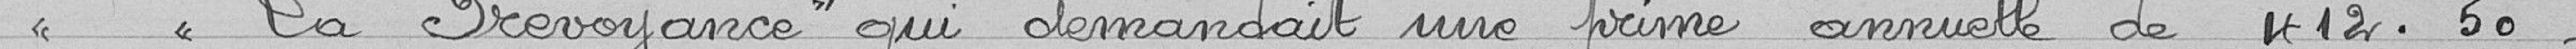
"La Prévoyance qui demandait une prime annuelle de 412,50 francs.